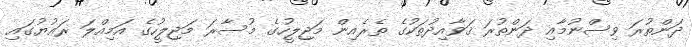
ދަންތުރަ ވިސްނުމާއި ދަންތުރަ ޤަވާއިދުތަކުގެ ތެރެއިން މަޖިލީހުގެ މުސާރަ މަޖިލީހުގެ އަމިއްލަ ރަޢުޔުގައި